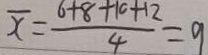
\overline { x } = \frac { 6 + 8 + 1 0 + 1 2 } { 4 } = 9